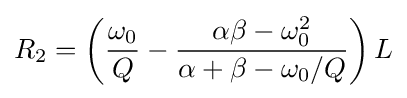
R_{2}=\left({\frac {\omega _{0}}{Q}}-{\frac {\alpha \beta -\omega _{0}^{2}}{\alpha +\beta -\omega _{0}/Q}}\right)L